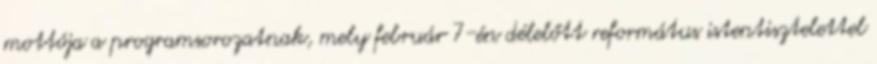
mottója a programsorozatnak, mely február 7-én délelőtt református istentisztelettel